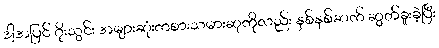
ဒါ့အပြင် ဂိုးသွင်း အများဆုံးကစားသမားဆုကိုလည်း နှစ်နှစ်ဆက် ဆွတ်ခူးခဲ့ပြီး